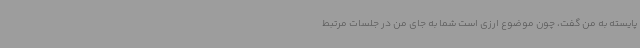
پایسته به من گفت، چون موضوع ارزی است شما به جای من در جلسات مرتبط